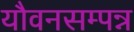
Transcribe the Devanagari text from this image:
यौवनसम्पन्न